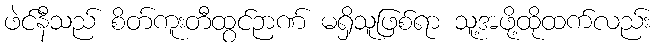
ဖဲင်နီသည် စိတ်ကူးတီထွင်ဉာဏ် မရှိသူဖြစ်ရာ သူ့အဖို့ထိုထက်လည်း